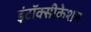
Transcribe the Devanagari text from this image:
इंटॉक्सीकेशन